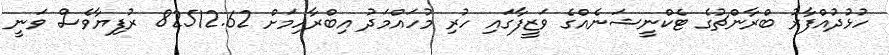
ހުޅުދުއްފާރު ބްރާންޗުގެ ޓެކްނީޝަނެއްގެ ވަޒީފާގައި ހުރި މުހައްމަދު އިބްރާހިމަށް 82512.62 ރުފިޔާވެސް ވަނީ